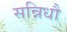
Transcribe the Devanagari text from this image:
सन्निधौ